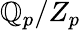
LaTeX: \mathbb{Q}_{p}/Z_{p}